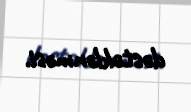
dəstəklənməsi.